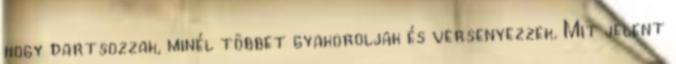
hogy dartsozzak, minél többet gyakoroljak és versenyezzek. Mit jelent